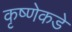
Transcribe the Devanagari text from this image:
कृष्णेकडे